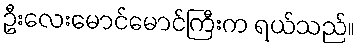
ဦးလေးမောင်မောင်ကြီးက ရယ်သည်။